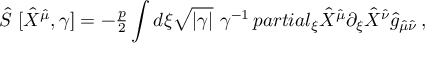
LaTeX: \hat { S } \ [ \hat { X } ^ { \hat { \mu } } , \gamma ] = - { \textstyle \frac { p } { 2 } } \int d \xi \sqrt { | \gamma | } \ \gamma ^ { - 1 } \, p a r t i a l _ { \xi } \hat { X } ^ { \hat { \mu } } \partial _ { \xi } \hat { X } ^ { \hat { \nu } } \hat { g } _ { \hat { \mu } \hat { \nu } } \, ,